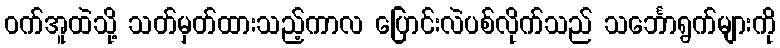
ဝက်အူထဲသို့ သတ်မှတ်ထားသည့်ကာလ ပြောင်းလဲပစ်လိုက်သည် သင်္ဘောရွက်များကို